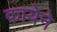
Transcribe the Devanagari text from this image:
कायेने